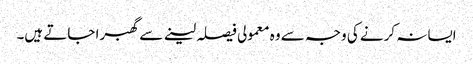
ایسا نہ کرنے کی وجہ سے وہ معمولی فیصلہ لینے سے گھبرا جاتے ہیں۔